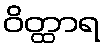
ဝိတ္ထာရ